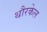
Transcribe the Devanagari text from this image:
थौरकेल